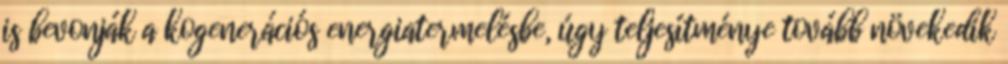
is bevonják a kogenerációs energiatermelésbe, úgy teljesítménye tovább növekedik